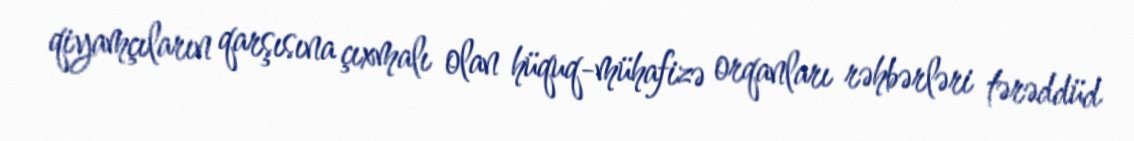
qiyamçıların qarşısına çıxmalı olan hüquq-mühafizə orqanları rəhbərləri tərəddüd